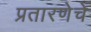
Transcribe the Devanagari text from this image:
प्रतारणेचे